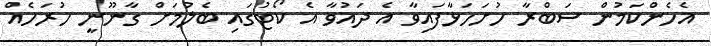
އެހެންކަމުން ސަބްރާ ހުށަހަޅާފައިވާ އެ ދައުވާ އެ ކޯޓުގައި ބެލުމަށް ގާނޫނީ ހުރަހެއް